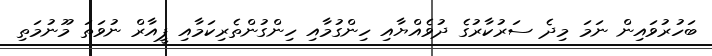
ބަހުރުވައިން ނަމަ މިދެ ސަރުކާރުގެ ދުވެއްޔާއި ހިންގުމާއި ހިންގުންތެރިކަމާއި ޕީއާރް ނުވަތަ މޫނުމަތި